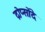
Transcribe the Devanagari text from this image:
द्रोप्सोंदे